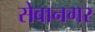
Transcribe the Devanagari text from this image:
सेवानगर